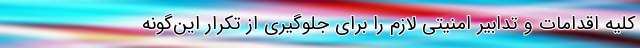
کلیه اقدامات و تدابیر امنیتی لازم را برای جلوگیری از تکرار این‌گونه